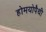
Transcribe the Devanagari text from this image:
होमयोपैथी